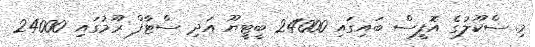
މި ސްކޫލުގެ އޮފީސް ބައިގައި 24000 ބީޓީޔޫ އަދި ސްޓާފް ރޫމުގައި 24000